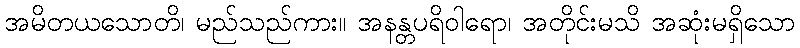
အမိတယသောတိ၊ မည်သည်ကား။ အနန္တပရိဝါရော၊ အတိုင်းမသိ အဆုံးမရှိသော